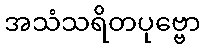
အသံသရိတပုဗ္ဗော